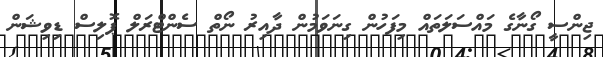
ޖިންސީ ގޯނާގެ މައްސަލަތައް މިފަހުން ގިނަވަމުން ދާއިރު ނޯތް ސެންޓްރަލް ޕޮލިސް ޑިވިޝަން